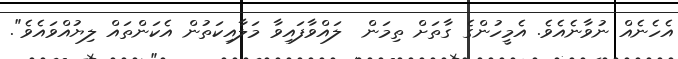
އެހެނެއް ނުވާނެއެވެ. އެމީހުންގެ ގާތަށް ތިމަން  ލައްވާފައިވާ މަލާއިކަތުން އެކަންތައް ލިޔުއްވައެވެ".